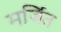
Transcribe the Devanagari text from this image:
मर्जित